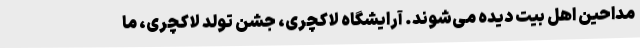
مداحین اهل بیت دیده می‌شوند. آرایشگاه لاکچری، جشن تولد لاکچری، ما